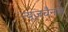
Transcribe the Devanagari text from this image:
न्यूजचैनल